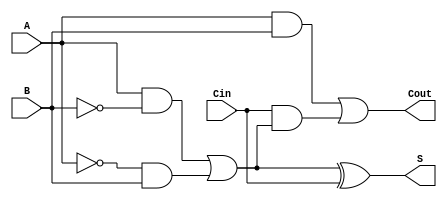
module TransmissionGateFullAdder (
    input wire A,      // First input bit
    input wire B,      // Second input bit
    input wire Cin,    // Carry-in bit
    output wire S,     // Sum output
    output wire Cout   // Carry-out output
);

// Internal wires for intermediate signals
wire AB;            // A AND B
wire A_xor_B;      // A XOR B
wire Cin_and_A_xor_B; // Cin AND (A XOR B)

// Transmission Gate for A XOR B
assign A_xor_B = (A & ~B) | (~A & B);

// Transmission Gate for A AND B
assign AB = A & B;

// Transmission Gate for Cin AND (A XOR B)
assign Cin_and_A_xor_B = Cin & A_xor_B;

// Carry-out calculation using OR logic
assign Cout = AB | Cin_and_A_xor_B;

// Sum calculation using XOR logic
assign S = A_xor_B ^ Cin;

endmodule